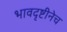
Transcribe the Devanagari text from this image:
भावदृष्टीनेच